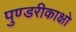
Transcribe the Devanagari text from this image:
पुण्डरीकाक्षो